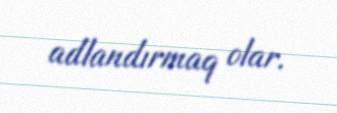
adlandırmaq olar.